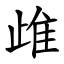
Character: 䧳